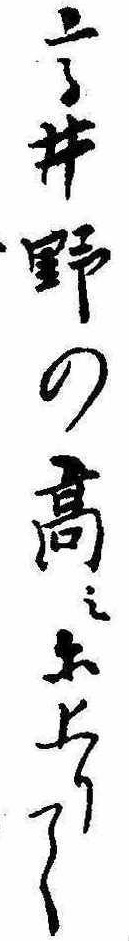
高井野の高みに上りて